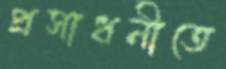
প্রসাধনীতে